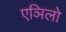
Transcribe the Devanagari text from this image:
एञिलो